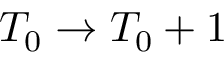
T _ { 0 } \rightarrow T _ { 0 } + 1